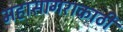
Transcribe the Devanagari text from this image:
महासागराकाठी